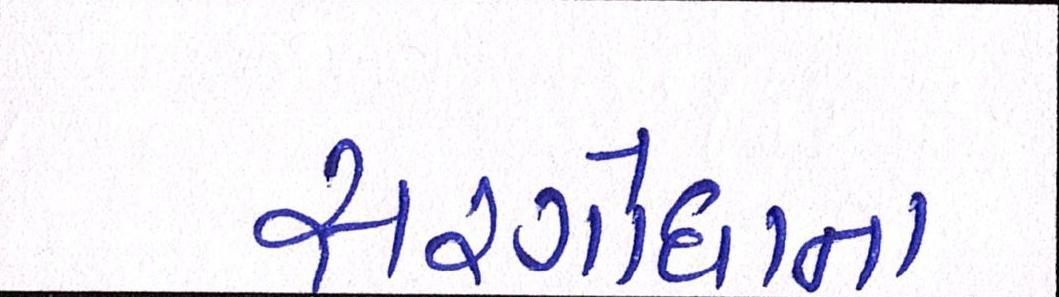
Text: સરગોધાના